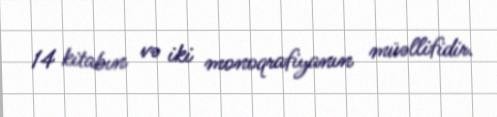
14 kitabın və iki monoqrafiyanın müəllifidir.